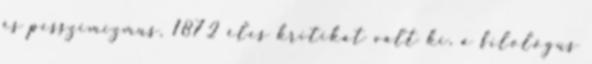
és pesszimizmus, 1872 éles kritikát vált ki, a filológus